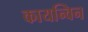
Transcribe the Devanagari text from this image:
कायन्विन